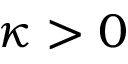
\kappa > 0